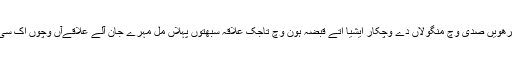
تیرھویں صدی وچّ منگولاں دے وچکار ایشیا اتے قبضہ ہون وچّ تاجک علاقہ سبھتوں پہلاں مل مہرے جان آلے علاقےآں وچوں اک سی ۔